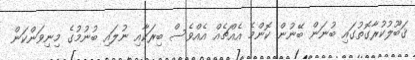
ޤަބޫލުކުރާގޮތުގައި ބުނަން ބޭނުން ކޮންމެ އެއްޗެއް އެއްވެސް ބިރަކާއި ނުލައި ބުނުމުގެ މިނިވަންކަން